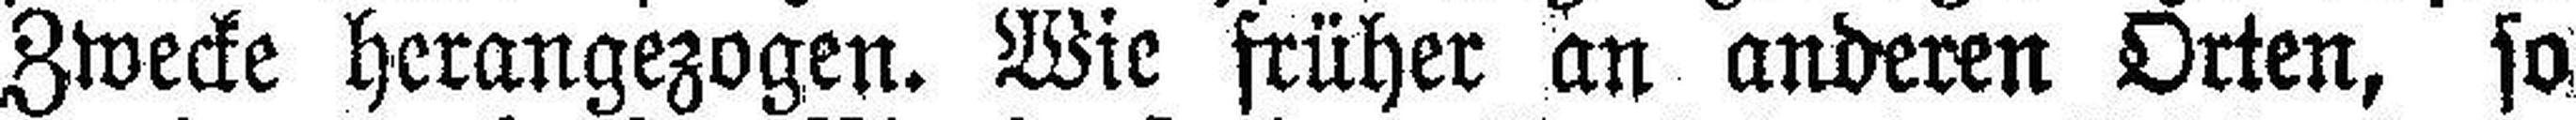
Zwecke herangezogen. Wie früher an anderen Orten, so